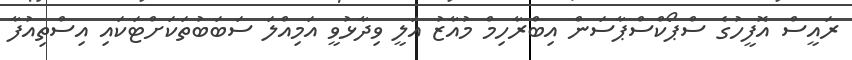
ރައީސް އޮފީހުގެ ސްޕޯކްސްޕާސަން އިބްރާހިމް މުއާޒު އަލީ ވިދާޅުވީ އަމިއްލަ ސަބަބުތަކަށްޓަކައި އިސްތިއުފާ